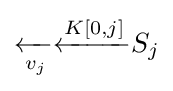
{\xleftarrow[{v_{j}}]{}}{\xleftarrow[{}]{K[0,j]}}S_{j}